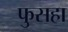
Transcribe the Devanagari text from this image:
फुसहा